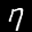
Label: 7